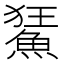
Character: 𩷬